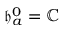
\mathfrak { h } _ { a } ^ { 0 } = \mathbb { C }